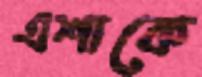
এশাকে